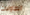
الطاولات